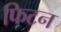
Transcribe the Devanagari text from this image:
फिटन